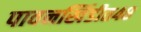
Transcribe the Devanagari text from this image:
पावनखिंडीत४८